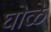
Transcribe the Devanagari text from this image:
घोळे